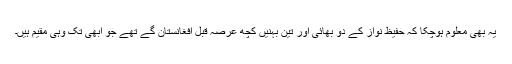
یہ بھی معلوم ہوچکا کہ حفیظ نواز کے دو بھائی اور تین بہنیں کچھ عرصہ قبل افغانستان گے تھے جو ابھی تک وہی مقیم ہیں۔